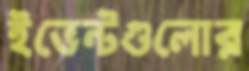
ইভেন্টগুলোর